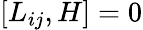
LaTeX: [L_{ij},H]=0